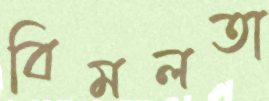
বিমলতা